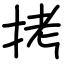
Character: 拷